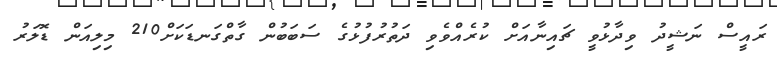
ރައީސް ނަޝީދު ވިދާޅުވީ ޗައިނާއަށް ކުރެއްވެވި ދަތުރުފުޅުގެ ސަބަބުން ގާތްގަނޑަކަށް210 މިލިއަން ޑޮލަރު